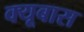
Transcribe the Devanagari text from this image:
क्यूबास